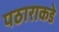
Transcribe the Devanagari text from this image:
पठाराकडे